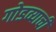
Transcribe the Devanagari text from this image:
गोडव्याची